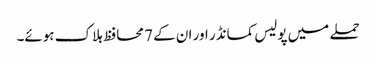
حملے میں پولیس کمانڈر اور ان کے 7 محافظ ہلاک ہوئے۔